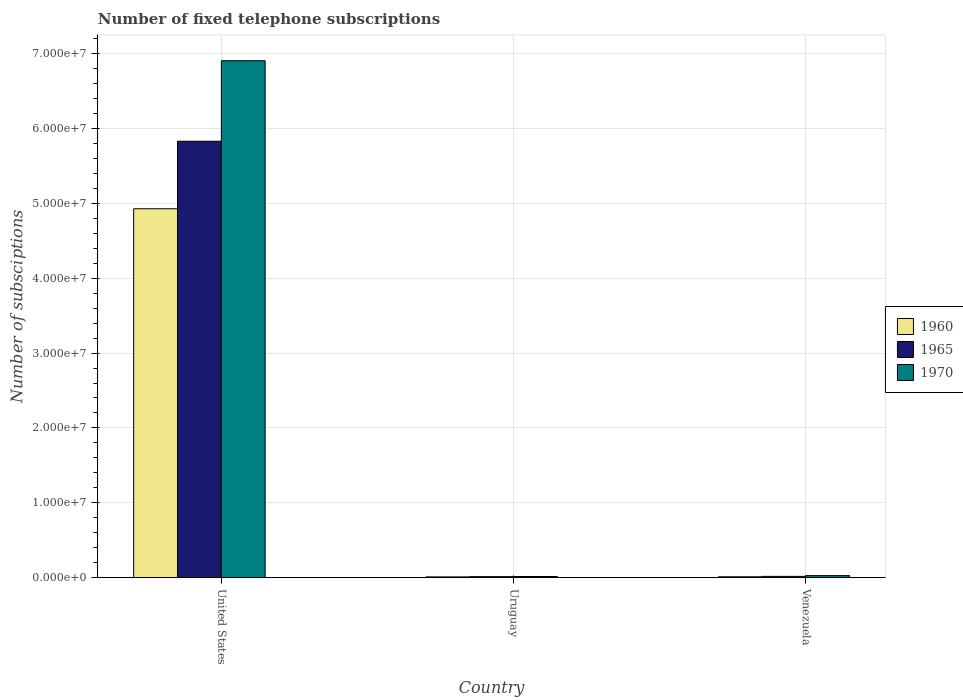
| Country | 1960 | 1965 | 1970 |
 | --- | --- | --- | --- |
 | United States | 4.93e+07 | 5.83e+07 | 6.9e+07 |
 | Uruguay | 1.1e+05 | 1.42e+05 | 1.6e+05 |
 | Venezuela | 1.25e+05 | 1.78e+05 | 2.79e+05 |